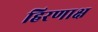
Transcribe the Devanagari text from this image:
हिरणाक्ष